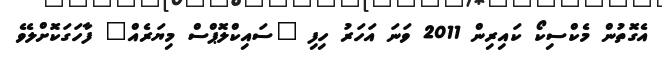
އެގޮތުން މެކްސިކޯ ކައިރިން 2011 ވަނަ އަހަރު ހިފި "ސައިކްލޮޕްސް މިޔަރެއް" ފާހަގަކޮށްލެވެ